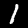
Label: 1